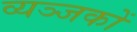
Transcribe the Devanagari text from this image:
व्यञ्जकों